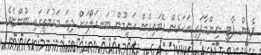
ވެޑިން ޕާޓީ ނިންމާފައި އަހަރެން ގޮވައިގެން ހަނީމޫން ބަނގަލޯއަށް ދިޔަ މަގުމަތީގައި ބުންޏެވެ.